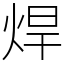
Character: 焊